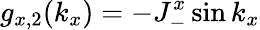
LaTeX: g_{x,2}(k_{x})=-J_{-}^{x}\sin k_{x}